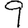
Digit: 9